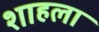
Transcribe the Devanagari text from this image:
शाहला